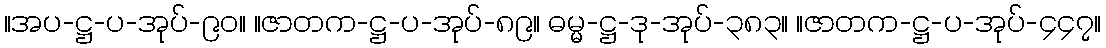
။အပ-ဋ္ဌ-ပ-အုပ်-၉၀။ ။ဇာတက-ဋ္ဌ-ပ-အုပ်-၈၉။ ဓမ္မ-ဋ္ဌ-ဒု-အုပ်-၃၈၃။ ။ဇာတက-ဋ္ဌ-ပ-အုပ်-၄၄၇။